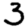
Digit: 3